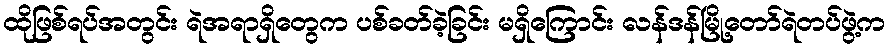
ထိုဖြစ်ရပ်အတွင်း ရဲအရာရှိတွေက ပစ်ခတ်ခဲ့ခြင်း မရှိကြောင်း လန်ဒန်မြို့တော်ရဲတပ်ဖွဲ့က